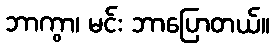
ဘာကွာ၊ မင်း ဘာပြောတယ်။